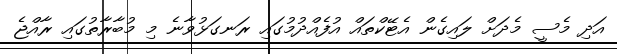
އަދި މެސީ މެދަށް ލައިގެން އެޓޭކްތައް އުފެއްދުމުގައި ރަނގަޅުވާނެ މި މުބާރާތުގައި ރާއްޖެ